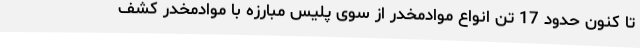
تا کنون حدود 17 تن انواع موادمخدر از سوی پلیس مبارزه با موادمخدر کشف